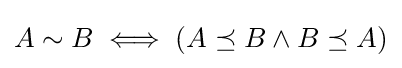
A\sim B\iff (A\preceq B\land B\preceq A)